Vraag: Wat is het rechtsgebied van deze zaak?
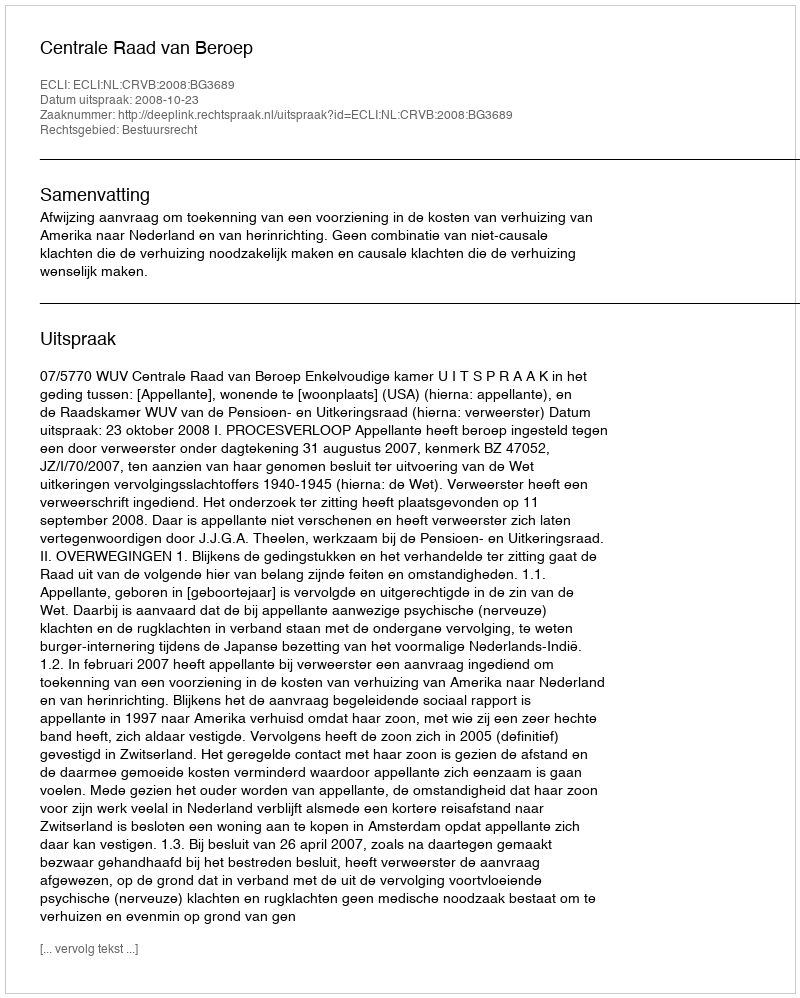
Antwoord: Bestuursrecht